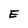
Character: E